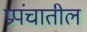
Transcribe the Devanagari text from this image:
प्रपंचातील